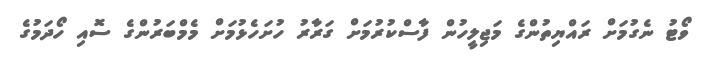
ވޯޓު ނެގުމަށް ރައްޔިތުންގެ މަޖިލީހުން ފާސްކުރުމަށް ގަރާރު ހުށަހެޅުމަށް މެމްބަރުންގެ ސޮއި ހޯދަމުގެ